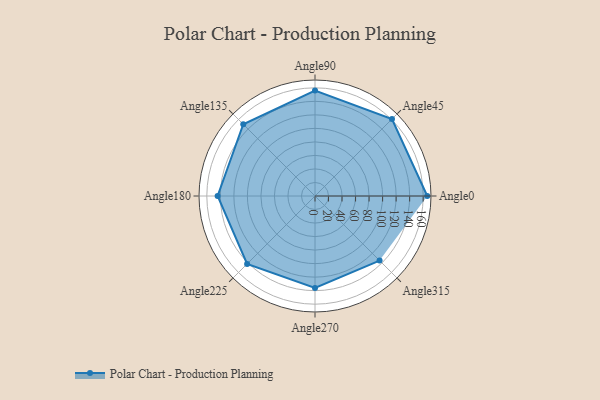
{"axis": {"x": "Angle", "y": "Radius"}, "legend": [""], "data": [{"x": "Angle0", "y": 166.0, "type": ""}, {"x": "Angle45", "y": 161.0, "type": ""}, {"x": "Angle90", "y": 156.0, "type": ""}, {"x": "Angle135", "y": 150.0, "type": ""}, {"x": "Angle180", "y": 144.0, "type": ""}, {"x": "Angle225", "y": 142.0, "type": ""}, {"x": "Angle270", "y": 136.0, "type": ""}, {"x": "Angle315", "y": 135.0, "type": ""}]}